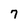
Character: 7